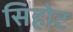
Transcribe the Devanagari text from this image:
सिहोट